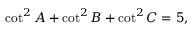
\cot ^ { 2 } A + \cot ^ { 2 } B + \cot ^ { 2 } C = 5 ,